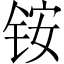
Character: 铵